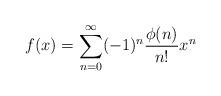
LaTeX: \begin{align*}f(x)=\sum_{n=0}^{\infty}(-1)^{n} \frac{\phi(n)}{n !} x^{n} \end{align*}